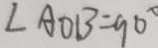
\angle A O B = 9 0 ^ { \circ }